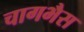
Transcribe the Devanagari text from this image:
चागभैस